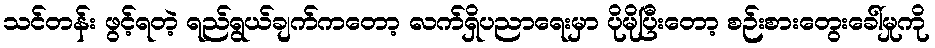
သင်တန်း ဖွင့်ရတဲ့ ရည်ရွယ်ချက်ကတော့ လက်ရှိပညာရေးမှာ ပိုမိုပြီးတော့ စဉ်းစားတွေးခေါ်မှုကို